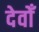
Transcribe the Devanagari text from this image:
देवोँ